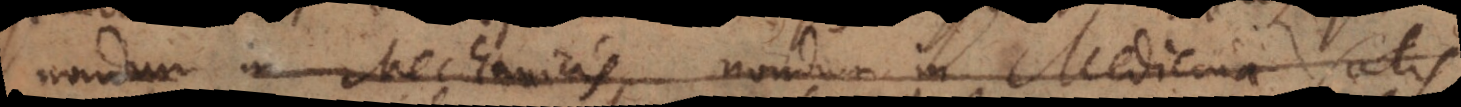
nondum in Mechanicis, nondum in Medicina satis